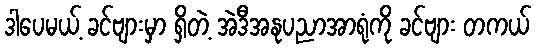
ဒါပေမယ့် ခင်ဗျားမှာ ရှိတဲ့ အဲဒီအနုပညာအာရုံကို ခင်ဗျား တကယ်